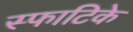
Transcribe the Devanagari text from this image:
स्फाटिके